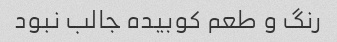
رنگ و طعم کوبیده جالب نبود